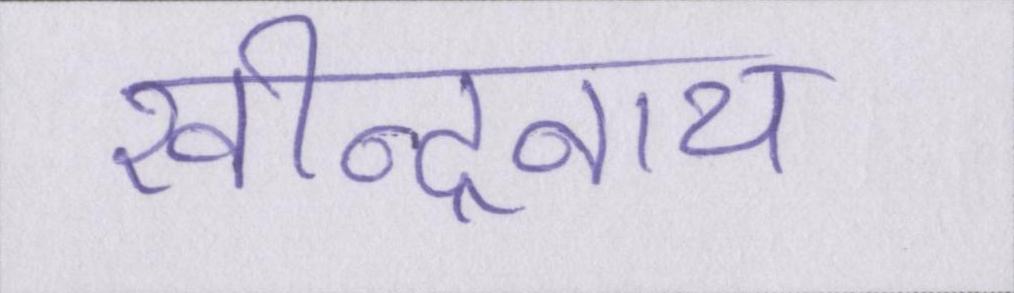
रवीन्द्रनाथ